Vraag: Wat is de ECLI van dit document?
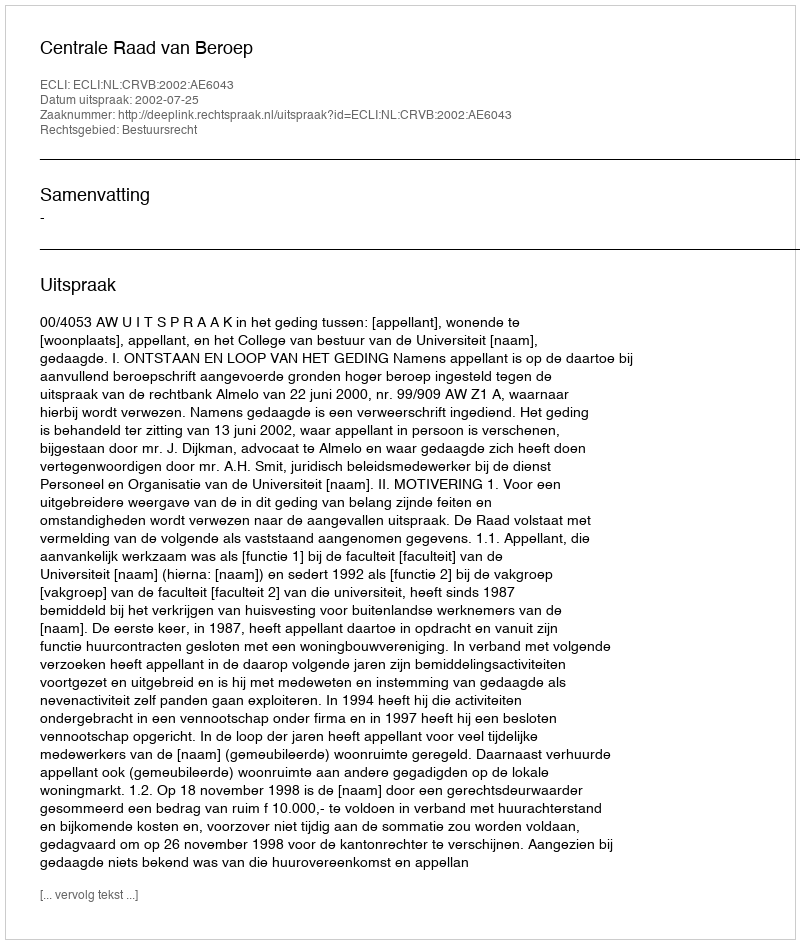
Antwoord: ECLI:NL:CRVB:2002:AE6043